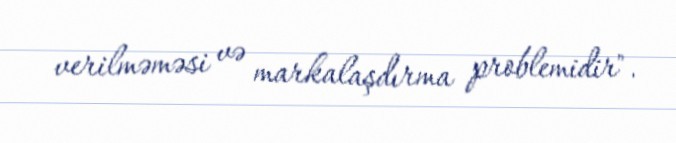
verilməməsi və markalaşdırma problemidir".